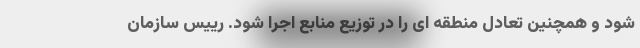
شود و همچنین تعادل منطقه ای را در توزیع منابع اجرا شود. رییس سازمان